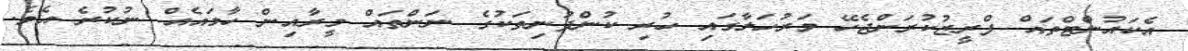
އެކައުންޓްތައް ފްރީޒުކުރަންޖެހޭ މަރުހަލާގައި ހުރި ކުންފުނިތަކުގެ ނަންތައް މީރާއިން ހާމައެއް ނުކުރެ އެވެ.